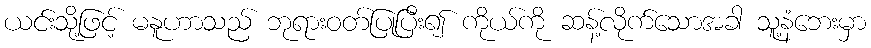
ယင်းသို့ဖြင့် မနူဟာသည် ဘုရားဝတ်ပြုပြီး၍ ကိုယ်ကို ဆန့်လိုက်သောအခါ သူ့နံဘေးမှာ